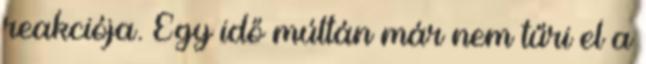
reakciója. Egy idő múltán már nem tűri el a